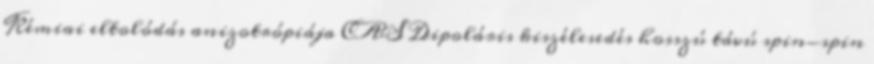
Kémiai eltolódás anizotrópiája CAS Dipoláris kiszélesedés hosszú távú spin-spin